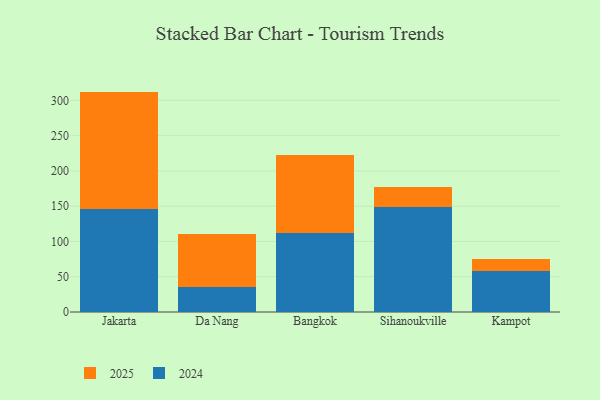
{"axis": {"x": "City", "y": "Population (Million)"}, "legend": ["2024", "2025"], "data": [{"x": "Jakarta", "y": 166.0, "type": "2025"}, {"x": "Jakarta", "y": 146.4, "type": "2024"}, {"x": "Da Nang", "y": 74.8, "type": "2025"}, {"x": "Da Nang", "y": 35.4, "type": "2024"}, {"x": "Bangkok", "y": 109.3, "type": "2025"}, {"x": "Bangkok", "y": 112.6, "type": "2024"}, {"x": "Sihanoukville", "y": 28.6, "type": "2025"}, {"x": "Sihanoukville", "y": 148.3, "type": "2024"}, {"x": "Kampot", "y": 16.9, "type": "2025"}, {"x": "Kampot", "y": 57.8, "type": "2024"}]}